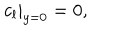
\left. c _ { l } \right| _ { y = 0 } = 0 ,